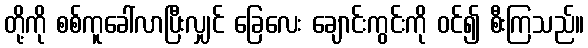
တို့ကို စစ်ကူခေါ်လာပြီးလျှင် ခြေလေး ချောင်းကွင်းကို ဝင်၍ စီးကြသည်။